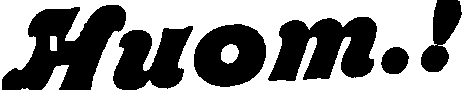
Huom.!